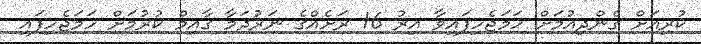
ކުރިއަށް ގެންދިއުމަށް ހަމަޖެހިފައިވާ އިރު 16 ރަށެއްގެ ނަރުދަމާ ގާއިމް ކުރުމަށް ހަމަޖެހިފައި